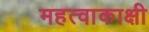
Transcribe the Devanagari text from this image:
महत्वाकाक्षी